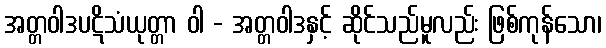
အတ္တဝါဒပဋိသံယုတ္တာ ဝါ - အတ္တဝါဒနှင့် ဆိုင်သည်မူလည်း ဖြစ်ကုန်သော၊